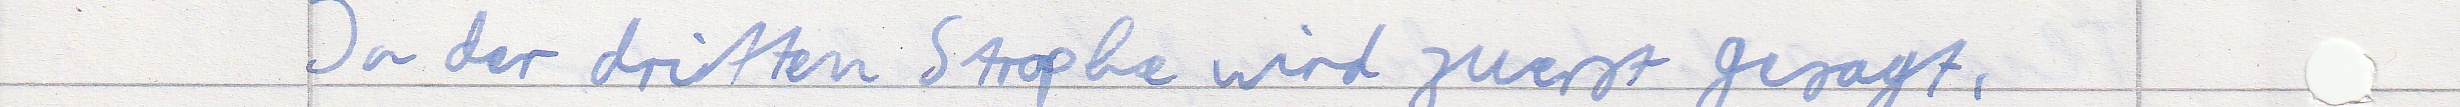
In der dritten Strophe wird zuerst gesagt,